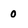
Character: 0